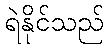
ရဲနိုင်သည်